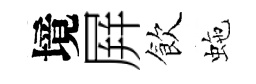
境屛飲虵